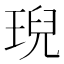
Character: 𤦤